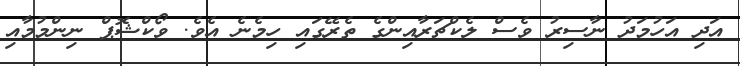
އަދި އަހުމަދު ނާސިރު ވެސް ލެކްޗަރާއިންގެ ތެރޭގައި ހިމެނެ އެވެ. ވޯކްޝޮޕް ނިންމުމާއި